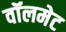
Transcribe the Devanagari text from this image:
वॉलमेट